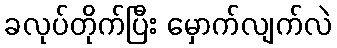
ခလုပ်တိုက်ပြီး မှောက်လျက်လဲ